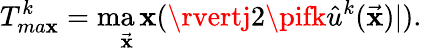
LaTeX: T_{ma\mathbf{x}}^{k}=\operatorname*{ma\mathbf{x}}_{\vec{{\mathbf{x}}}}(\rvertj2\pifk\hat{{u}}^{k}(\vec{{\mathbf{x}}})\rvert).